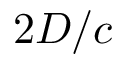
2 D / c